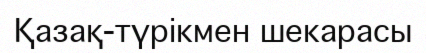
Қазақ-түрікмен шекарасы